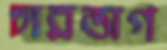
চারভাগ